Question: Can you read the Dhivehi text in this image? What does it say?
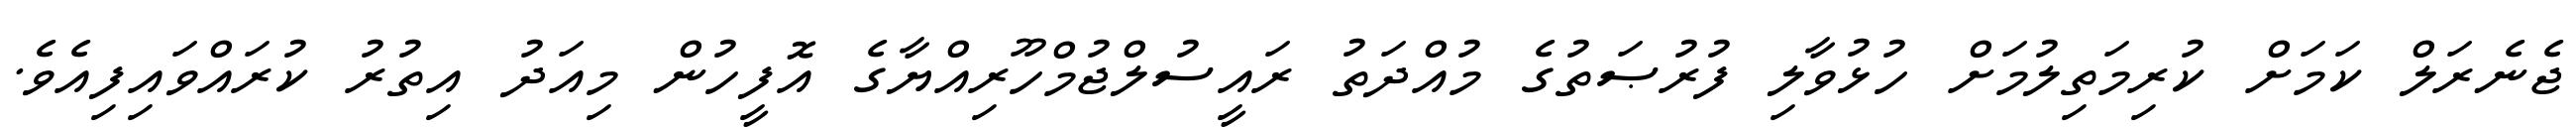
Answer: ޖެނެރަލް ކަމަށް ކުރިމަތިލުމަށް ހުޅުވާލި ފުރުޞަތުގެ މުއްދަތު ރައީސުލްޖުމްހޫރިއްޔާގެ އޮފީހުން މިއަދު އިތުރު ކުރައްވައިފިއެވެ.